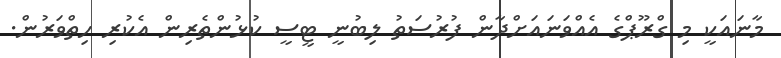
މާނައަކީ މި ގްރޫޕްގެ އެއްވަނައަށްދާން ފުރުސަތު ލިބުނީ ޓީސީ ކުޅުންތެރިން އެކުރި ހިތްވަރުން.